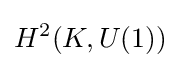
H^{2}(K,U(1))